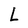
Character: L